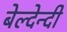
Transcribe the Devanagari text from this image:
बेल्देन्दी